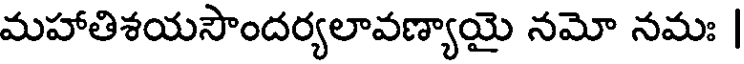
మహాతిశయసౌందర్యలావణ్యాయై నమో నమః |